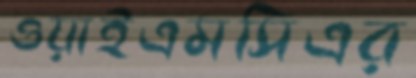
ওয়াইএমসিএর